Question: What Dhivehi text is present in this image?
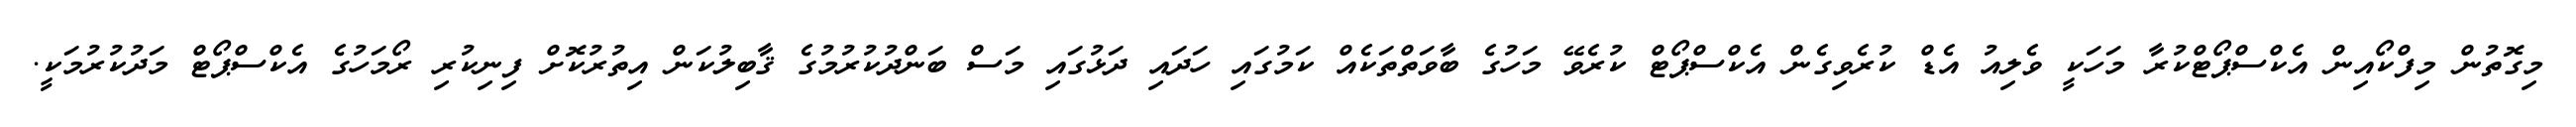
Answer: މިގޮތުން މިފްކޯއިން އެކްސްޕޯޓްކުރާ މަހަކީ ވެލިއު އެޑް ކުރެވިގެން އެކްސްޕޯޓް ކުރެވޭ މަހުގެ ބާވަތްތަކެއް ކަމުގައި ހަދައި ދަޅުގައި މަސް ބަންދުކުރުމުގެ ޤާބިލުކަން އިތުރުކޮށް ފިނިކުރި ރޯމަހުގެ އެކްސްޕޯޓް މަދުކުރުމަކީ.